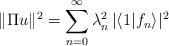
LaTeX: \begin{align*}\| \Pi u \|^2 = \sum_{n=0} ^\infty \lambda_n^2 \, | \langle 1 | f_n \rangle |^2\end{align*}